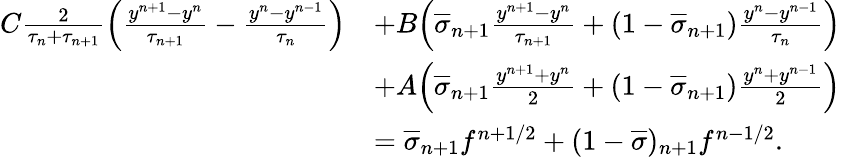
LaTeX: \begin{array}{rl}{C\frac{2}{\tau_{n}+\tau_{n+1}}\Big(\frac{y^{n+1}-y^{n}}{\tau_{n+1}}-\frac{y^{n}-y^{n-1}}{\tau_{n}}\Big)}&{+B\Big(\overline{{\sigma}}_{n+1}\frac{y^{n+1}-y^{n}}{\tau_{n+1}}+(1-\overline{{\sigma}}_{n+1})\frac{y^{n}-y^{n-1}}{\tau_{n}}\Big)}\\ &{+A\Big(\overline{{\sigma}}_{n+1}\frac{y^{n+1}+y^{n}}{2}+(1-\overline{{\sigma}}_{n+1})\frac{y^{n}+y^{n-1}}{2}\Big)}\\ &{=\overline{{\sigma}}_{n+1}f^{n+1/2}+(1-\overline{{\sigma}})_{n+1}f^{n-1/2}.}\end{array}